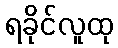
ရခိုင်လူထု